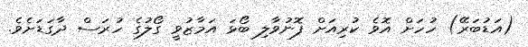
(އަޑުބަރޭ) ހުހަށް އޮވެ ކުރިއަށް ފޮނުވާލި ބޯޅަ އަމާޒުވީ ގޯލުގެ ހުރަސް ދާގަޑަށެވެ.